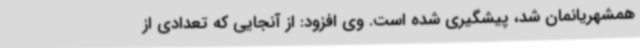
همشهریانمان شد، پیشگیری شده است. وی افزود: از آنجایی که تعدادی از